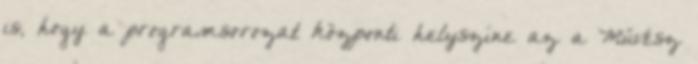
is, hogy a programsorozat központi helyszíne az a Művész